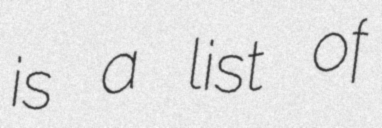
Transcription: is a list of